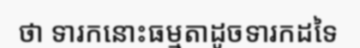
ថា ទារកនោះធម្មតាដូចទារកដទៃ